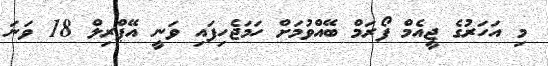
މި އަހަރުގެ ޖީއެމް ފޯރަމް ބޭއްވުމަށް ހަމަޖެހިފައި ވަނީ އޭޕްރިލް 18 ވަނަ